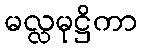
မလ္လမုဋ္ဌိကာ